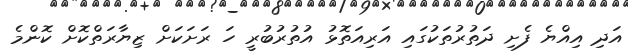
އަދި އިއްޔެ ފެށި ދަތުރުތަކުގައި އަރިއަތޮޅު އުތުރުބުރީ ހަ ރަށަކަށް ޒިޔާރަތްކޮށް ކޮންމެ